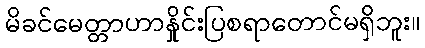
မိခင်မေတ္တာဟာနှိုင်းပြစရာတောင်မရှိဘူး။